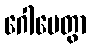
ဂေါပေတွာ